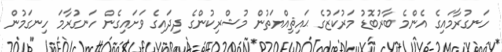
ހަނގުރާމައިގެ އެންމެ ބާރުބޮޑު މަރުކަޒުގެ ޙައިޘިއްޔަތުން މުޝްރިކުންގެ ދިދައިގެ ވަށައިގެން ހަނގުރާމަ ހިނގަމުން